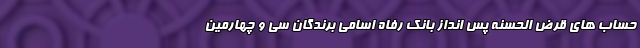
حساب های قرض الحسنه پس انداز بانک رفاه اسامی برندگان سی و چهارمین